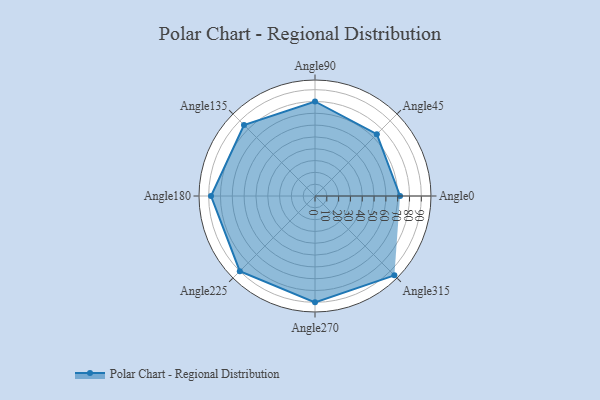
{"axis": {"x": "Angle", "y": "Radius"}, "legend": [""], "data": [{"x": "Angle0", "y": 72.0, "type": ""}, {"x": "Angle45", "y": 74.0, "type": ""}, {"x": "Angle90", "y": 80.0, "type": ""}, {"x": "Angle135", "y": 85.0, "type": ""}, {"x": "Angle180", "y": 88.0, "type": ""}, {"x": "Angle225", "y": 90.0, "type": ""}, {"x": "Angle270", "y": 90.0, "type": ""}, {"x": "Angle315", "y": 95.0, "type": ""}]}